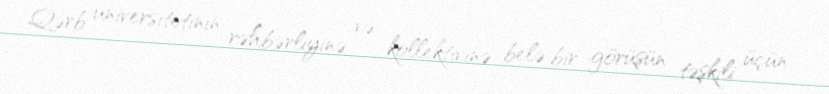
Qərb universitetinin rəhbərliyinə və kollektivinə belə bir görüşün təşkili üçün